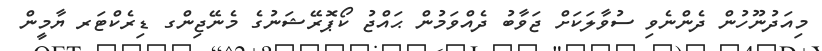
މިއަދުނޫހުން ދެންނެވި ސުވާލަކަށް ޖަވާބު ދެއްވަމުން ޙައްޖު ކޯޕޮރޭޝަނުގެ މެނޭޖިންގ ޑިރެކްޓަރ ޔާމީން